Civil Veterinary Department Bengal reports 1933-51 - 1933-1951
Year: 1933
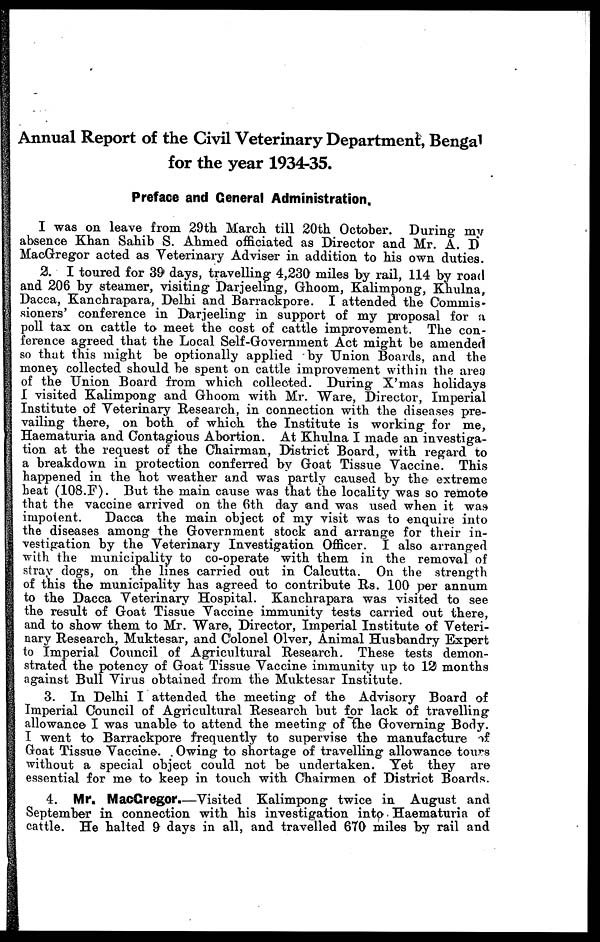
Annual Report of the Civil Veterinary Department, Bengal
for the year 1934-35.
Preface and General Administration,
I was on leave from 29th March till 20th October. During my
absence Khan Sahib S. Ahmed officiated as Director and Mr. A. D
MacGregor acted as Veterinary Adviser in addition to his own duties.
2. I toured for 39 days, travelling 4,230 miles by rail, 114 by road
and 206 by steamer, visiting Darjeeling, Ghoom, Kalimpong, Khulna,
Dacca, Kanchrapara, Delhi and Barrackpore. I attended the Commis-
sioners' conference in Darjeeling in support of my proposal for a
poll tax on cattle to meet the cost of cattle improvement. The con-
ference agreed that the Local Self-Government Act might be amended
so that this might be optionally applied by Union Boards, and the
money collected should be spent on cattle improvement within the area
of the Union Board from which collected. During X'mas holidays
I visited Kalimpong and Ghoom with Mr. Ware, Director, Imperial
Institute of Veterinary Research, in connection with the diseases pre-
vailing there, on both of which the Institute is working for me,
Haematuria and Contagious Abortion. At Khulna I made an investiga-
tion at the request of the Chairman, District Board, with regard to
a breakdown in protection conferred by Goat Tissue Vaccine. This
happened in the hot weather and was partly caused by the extreme
beat (108.F). But the main cause was that the locality was so remote
that the vaccine arrived on the 6th day and was used when it was
impotent.
Dacca the main object of my visit was to enquire into
the diseases among the Government stock and arrange for their in-
vestigation by the Veterinary Investigation Officer. I also arranged
with the municipality to co-operate with them in the removal of
stray dogs, on the lines carried out in Calcutta. On the strength
of this the municipality has agreed to contribute Rs. 100 per annum
to the Dacca Veterinary Hospital. Kanchrapara was visited to see
the result of Goat Tissue Vaccine immunity tests carried out there,
and to show them to Mr. Ware, Director, Imperial Institute of Veteri-
nary Research, Muktesar, and Colonel Olver, Animal Husbandry Expert
to Imperial Council of Agricultural Research. These tests demon-
strated the potency of Goat Tissue Vaccine immunity up to 121 months
against Bull Virus obtained from the Muktesar Institute.
3. In Delhi I attended the meeting of the Advisory Board of
Imperial Council of Agricultural Research but for lack of travelling
allowance I was unable to attend the meeting of the Governing Body.
I went to Barrackpore frequently to supervise the manufacture of
Goat Tissue Vaccine. Owing to shortage of travelling allowance tours
without a special object could not be undertaken. Yet they are
essential for me to keep in touch with Chairmen of District Boards.
4. Mr. MacGregor.—Visited Kalimpong twice in August and
September in connection with his investigation into Haematuria of
cattle. He halted 9 days in all, and travelled 670 miles by rail and